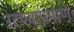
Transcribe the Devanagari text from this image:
उटण्याप्रमाणे